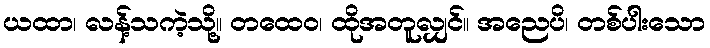
ယထာ၊ လန့်သကဲ့သို့။ တထေဝ၊ ထိုအတူလျှင်။ အညေပိ၊ တစ်ပါးသော